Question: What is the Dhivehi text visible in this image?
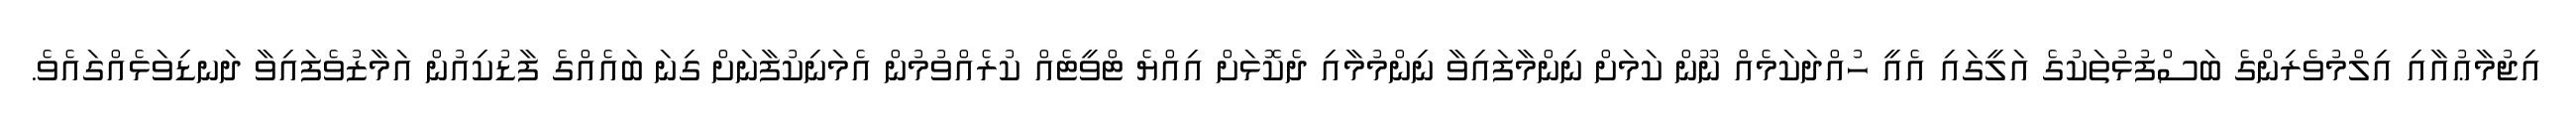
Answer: އިޖުމާޢުއާއި އިލްމުވެރިންގެ ބަސްފުޅުތަކުގެ އަލީގައި އެއީ ހުއްދަކަމެއް ނޫން ކަމަށް ނިންމާފައިވާ ނިންމުމާއި ދެކޮޅަށް އިއްޔެ ޓްވީޓެއް ކުރެއްވުމުން އެމަނިކުފާނަށް ގިނަ ބައެއްގެ ފާޑުކިއުން އަމާޒުވެފައިވާ ދަނޑިވަޅެއްގައެވެ.